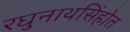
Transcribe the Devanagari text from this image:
रघुनाथसिंहोत